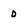
Character: d